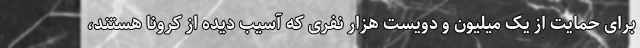
برای حمایت از یک میلیون و دویست هزار نفری که آسیب دیده از کرونا هستند،